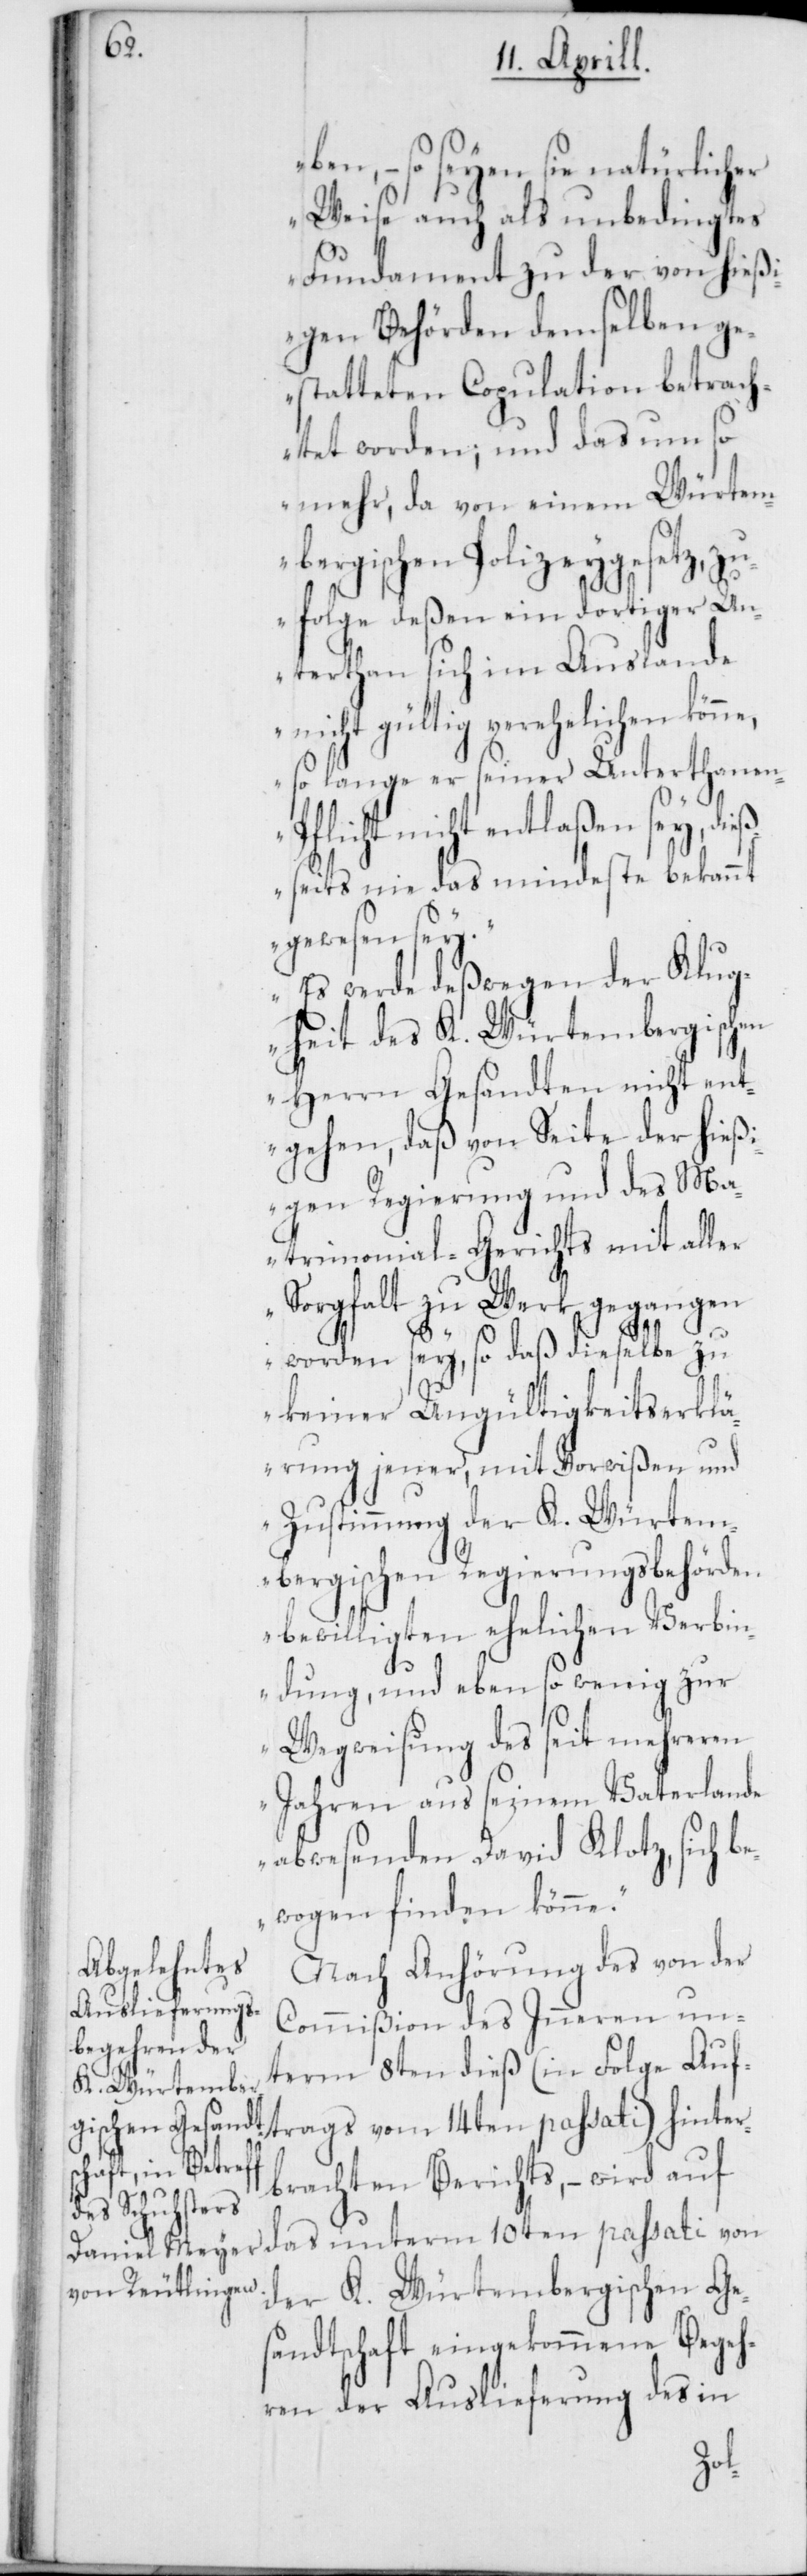
e,

ben, – so seyen sie natürlicher
Weise auch als unbedingtes
Fundament zu der von hießi¬
gen Behörden demselben ge¬
statteten Copulation betrach¬
tet worden; und das um so
mehr, da von einem Würtem¬
bergischen Polizeygesetz, zu¬
folge deßen ein dortiger Un¬
terthan sich im Auslande
nicht gültig verhehelichen könn¬
so lange er seiner Unterthanen¬
pflicht nicht entlaßen sey, di¬
eßeits nie das Mindeste bekannt
gewesen sey.“
„Es werde deßwegen der Klug¬
heit des K. Würtembergischen
Herrn Gesandten nicht ent¬
gehen, daß von Seite der hießi¬
gen Regierung und des Ma¬
trimonial-Gerichts mit aller
Sorgfalt zu Werke gegangen
worden sey, so daß dieselbe zu
keiner Ungültigkeits-Erklä¬
rung jener, mit Vorwißen und
Zustimmung der K. Würtem¬
bergischen Regierungsbehörden
bewilligten ehelichen Verbin¬
dung, und eben so wenig zur
Wegweisung des seit mehreren
Jahren aus seinem Vaterlande
abwesenden David Klotz, sich b¬
ewogen finden könne.“
Nach Anhörung des von der
Commißion des Inneren un¬
term 8ten dieß (in Folge Auf¬
trags vom 14ten passati) hinter¬
brachten Berichts, – wird auf
das unterm 10ten passati von
der K. Würtembergischen Ge¬
sandtschaft eingekommene Begeh¬
ren der Auslieferung des in